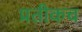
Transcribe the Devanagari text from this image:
प्रतीकच